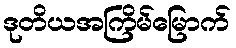
ဒုတိယအကြိမ်မြောက်